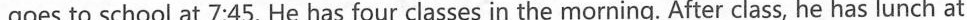
goes to school at 7:45. He has four classes in the morning. After class, he has lunch at